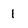
Character: 1